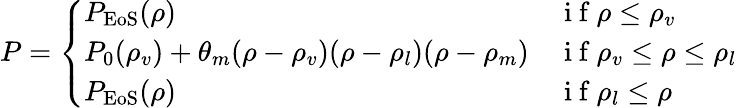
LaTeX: P=\left\{ \begin{array}{ll}{P_{\mathrm{EoS}}(\rho)}&{\mathrm{~i~f~}\rho\leq\rho_{v}}\\ {P_{0}(\rho_{v})+\theta_{m}(\rho-\rho_{v})(\rho-\rho_{l})(\rho-\rho_{m})}&{\mathrm{~i~f~}\rho_{v}\leq\rho\leq\rho_{l}}\\ {P_{\mathrm{EoS}}(\rho)}&{\mathrm{~i~f~}\rho_{l}\leq\rho}\end{array}\right.